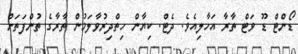
ޑޯންޓް ޑޫ ވަޓް ތާރާ އަހާލިއެވެ. ދެޓް. ކިޔާން ހިތްދިރުވާލަމުން ތާރާގެ ތުންފަތަށް